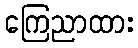
ကြေညာထား